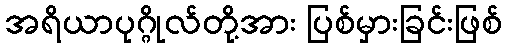
အရိယာပုဂ္ဂိုလ်တို့အား ပြစ်မှားခြင်းဖြစ်